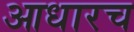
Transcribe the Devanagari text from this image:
आधारच